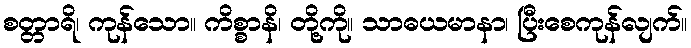
စတ္တာရိ၊ ကုန်သော။ ကိစ္စာနိ၊ တို့ကို။ သာဓယမာနာ၊ ပြီးစေကုန်လျက်။